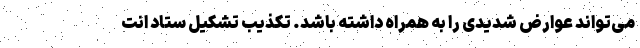
می‌تواند عوارض شدیدی را به همراه داشته باشد. تکذیب تشکیل ستاد انت